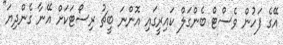
އޭގެ ފަހުން ވެސްޓް ބެންގަލް ކައިރީގައި އޮންނަ ބީޗު ރިސޯޓަކަށް އޭނާ ގެންދިޔަ"